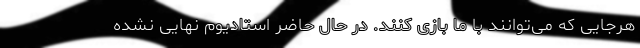
هرجایی که می‌توانند با ما بازی کنند. در حال حاضر استادیوم نهایی نشده